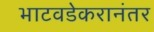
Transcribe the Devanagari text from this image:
भाटवडेकरानंतर